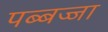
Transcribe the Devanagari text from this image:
पब्बज्जा